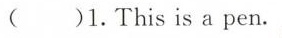
( )1.Thisis a pen.